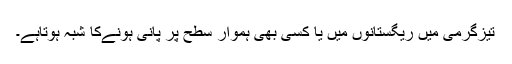
تیزگرمی میں ریگستانوں میں یا کسی بھی ہموار سطح پر پانی ہونےکا شبہ ہوتاہے۔